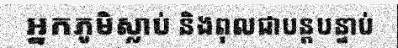
អ្នកភូមិស្លាប់ និងពុលជាបន្តបន្ទាប់